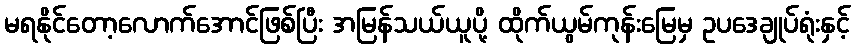
မရနိုင်တော့လောက်အောင်ဖြစ်ပြီး အမြန်သယ်ယူပို့ ထိုက်ယွမ်ကုန်းမြေမှ ဥပဒေချုပ်ရုံးနှင့်